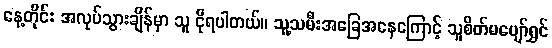
နေ့တိုင်း အလုပ်သွားချိန်မှာ သူ ငိုရပါတယ်။ သူ့သမီးအခြေအနေကြောင့် သူစိတ်မပျော်ရွှင်